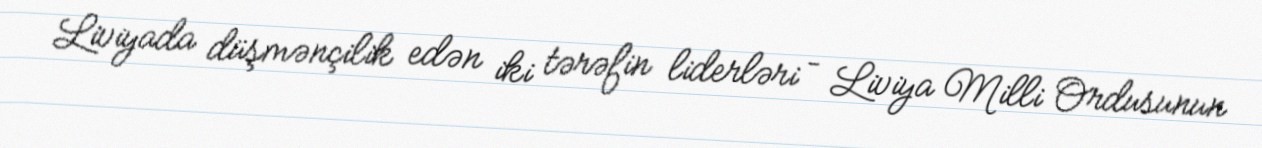
Liviyada düşmənçilik edən iki tərəfin liderləri – Liviya Milli Ordusunun